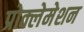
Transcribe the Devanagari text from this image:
प्रोक्लेमेशन